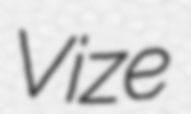
Vize